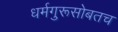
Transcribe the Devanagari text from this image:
धर्मगुरूसोबतच